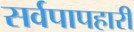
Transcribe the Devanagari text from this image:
सर्वपापहारी